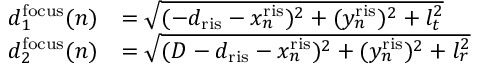
\begin{array} { r l } { d _ { 1 } ^ { \mathrm { f o c u s } } ( n ) } & { = \sqrt { ( - d _ { \mathrm { r i s } } - x _ { n } ^ { \mathrm { r i s } } ) ^ { 2 } + ( y _ { n } ^ { \mathrm { r i s } } ) ^ { 2 } + l _ { t } ^ { 2 } } } \\ { d _ { 2 } ^ { \mathrm { f o c u s } } ( n ) } & { = \sqrt { ( D - d _ { \mathrm { r i s } } - x _ { n } ^ { \mathrm { r i s } } ) ^ { 2 } + ( y _ { n } ^ { \mathrm { r i s } } ) ^ { 2 } + l _ { r } ^ { 2 } } } \end{array}